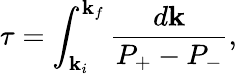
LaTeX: \tau=\int_{\mathbf{k}_{i}}^{\mathbf{k}_{f}}\frac{{d\mathbf{k}}}{{P_{+}-P_{-}}},